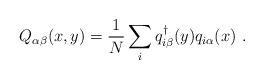
LaTeX: \begin{align*}Q_{\alpha \beta}(x,y) = \frac{1}{N} \sum_{i} q_{i\beta}^{\dagger}(y)q_{i\alpha}(x) \ .\end{align*}